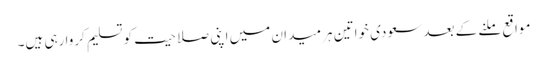
مواقع ملنے کے بعد سعودی خواتین ہر میدان میں اپنی صلاحیت کو تسلیم کروا رہی ہیں۔